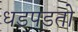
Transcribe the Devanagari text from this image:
धडपडतो